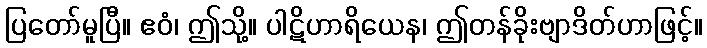
ပြတော်မူပြီ။ ဧဝံ၊ ဤသို့။ ပါဋိဟာရိယေန၊ ဤတန်ခိုးဗျာဒိတ်ဟာဖြင့်။